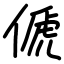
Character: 傂